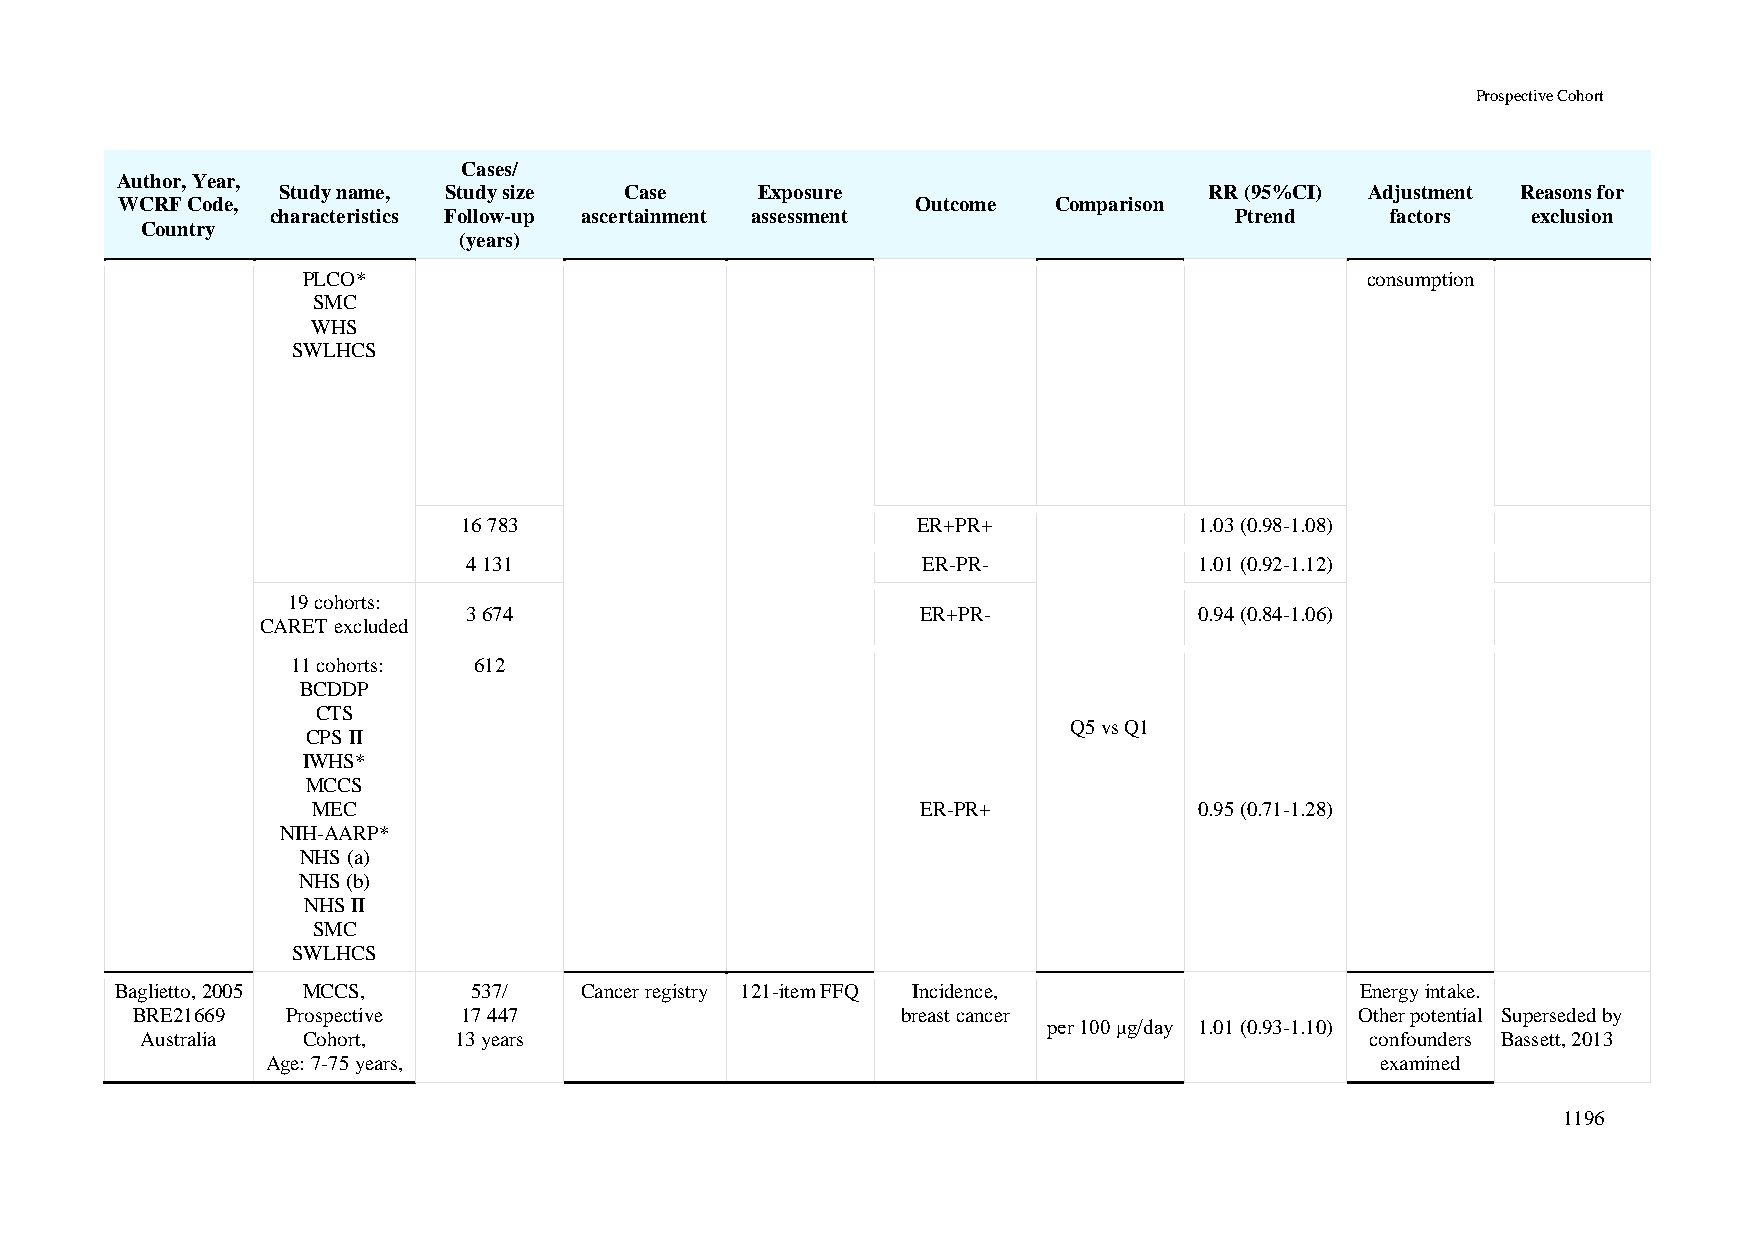
Prospective Cohort
 Cases/
 Author, Year,
 Study name, Study size Case     Exposure                      RR (95%CI) Adjustment Reasons for
 WCRF Code,                                           Outcome  Comparison
 characteristics Follow-up ascertainment assessment              Ptrend    factors  exclusion
 Country
 (years)
 PLCO*                                                                 consumption
 SMC
 WHS
 SWLHCS
 16 783                        ER+PR+            1.03 (0.98-1.08)
 4 131                         ER-PR-            1.01 (0.92-1.12)
 19 cohorts:
 3 674                         ER+PR-            0.94 (0.84-1.06)
 CARET excluded
 11 cohorts: 612
 BCDDP
 CTS
 Q5 vs Q1
 CPS II
 IWHS*
 MCCS
 MEC                                     ER-PR+            0.95 (0.71-1.28)
 NIH-AARP*
 NHS (a)
 NHS (b)
 NHS II
 SMC
 SWLHCS
 Baglietto, 2005 MCCS,  537/   Cancer registry 121-item FFQ Incidence,             Energy intake.
 BRE21669  Prospective 17 447                       breast cancer                 Other potential Superseded by
 per 100 μg/day 1.01 (0.93-1.10)
 Australia  Cohort,   13 years                                                     confounders Bassett, 2013
 Age: 7-75 years,                                                         examined
 1196